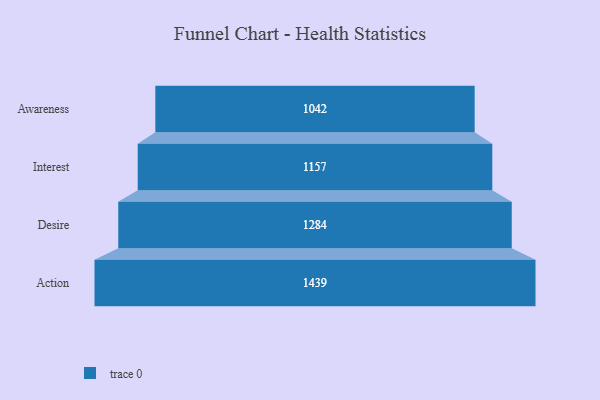
{"axis": {"x": "Stage", "y": "Value"}, "legend": [""], "data": [{"x": "Awareness", "y": 1042.0, "type": ""}, {"x": "Interest", "y": 1157.0, "type": ""}, {"x": "Desire", "y": 1284.0, "type": ""}, {"x": "Action", "y": 1439.0, "type": ""}]}